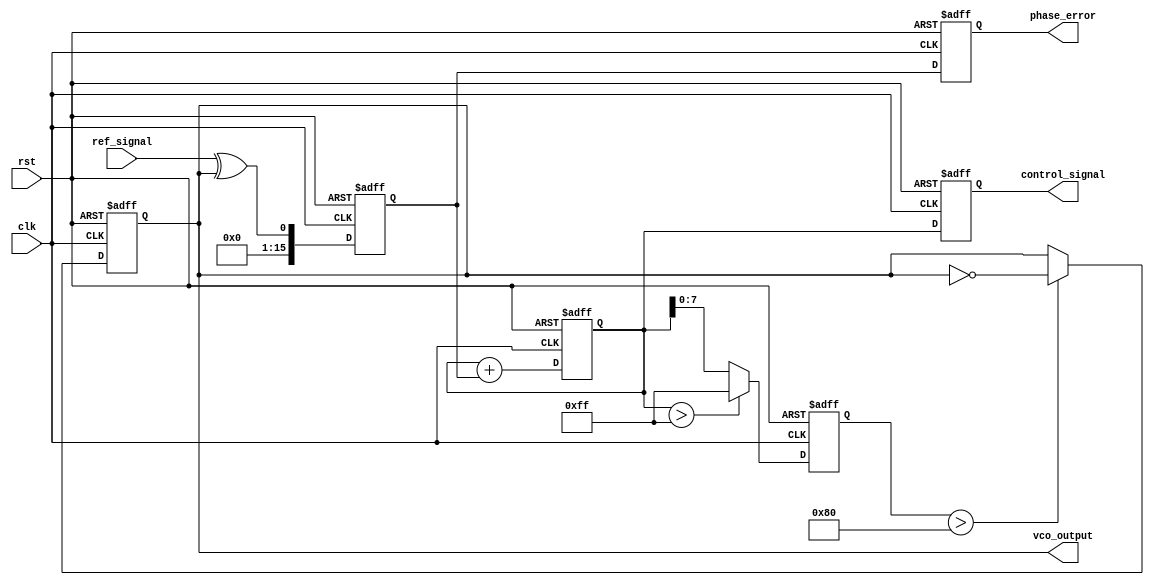
module DPLL (
    input wire clk,                // System Clock
    input wire rst,                // Reset
    input wire ref_signal,         // Reference Signal
    output reg vco_output,         // VCO Output Signal
    output reg [15:0] phase_error, // Phase Error Output
    output reg [15:0] control_signal // Control Signal to VCO
);

// Parameters
parameter MEMORY_SIZE = 16; // Size of the memory block
parameter VCO_MAX_FREQ = 255; // Maximum frequency for VCO

// Internal Signals
reg [15:0] memory_block [0:MEMORY_SIZE-1]; // Memory Block
reg [3:0] mem_index; // Memory Index
reg [15:0] phase_detector_out; // Output of Phase Detector
reg [15:0] loop_filter_out; // Output of Loop Filter
reg [7:0] vco_freq; // VCO Frequency Control

// Phase Detector
always @(posedge clk or posedge rst) begin
    if (rst) begin
        phase_detector_out <= 0;
    end else begin
        // Simple phase detector logic (XOR for demonstration)
        phase_detector_out <= ref_signal ^ vco_output; // Phase error signal
    end
end

// Loop Filter (Simple Proportional Filter)
always @(posedge clk or posedge rst) begin
    if (rst) begin
        loop_filter_out <= 0;
    end else begin
        // Proportional control (gain = 1)
        loop_filter_out <= loop_filter_out + phase_detector_out;
    end
end

// Voltage-Controlled Oscillator (VCO)
always @(posedge clk or posedge rst) begin
    if (rst) begin
        vco_freq <= 0;
        vco_output <= 0;
    end else begin
        // Update VCO frequency based on loop filter output
        if (loop_filter_out > VCO_MAX_FREQ) begin
            vco_freq <= VCO_MAX_FREQ; // Limit the frequency
        end else begin
            vco_freq <= loop_filter_out[7:0]; // Use lower 8 bits for frequency
        end
        
        // Generate VCO output (simple toggle for demonstration)
        vco_output <= (vco_freq > 128) ? ~vco_output : vco_output; // Simple frequency toggle
    end
end

// Memory Block to store phase error and control signals
always @(posedge clk or posedge rst) begin
    if (rst) begin
        mem_index <= 0;
        control_signal <= 0;
    end else begin
        memory_block[mem_index] <= phase_detector_out; // Store the phase error
        control_signal <= loop_filter_out; // Store control signal
        mem_index <= (mem_index + 1) % MEMORY_SIZE; // Circular buffer
    end
end

// Output Phase Error
always @(posedge clk or posedge rst) begin
    if (rst) begin
        phase_error <= 0;
    end else begin
        phase_error <= phase_detector_out; // Output phase error
    end
end

endmodule